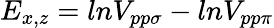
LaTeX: E_{x,z}=lnV_{pp\sigma}-lnV_{pp\pi}